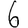
Digit: 6